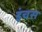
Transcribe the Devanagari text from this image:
इंचस